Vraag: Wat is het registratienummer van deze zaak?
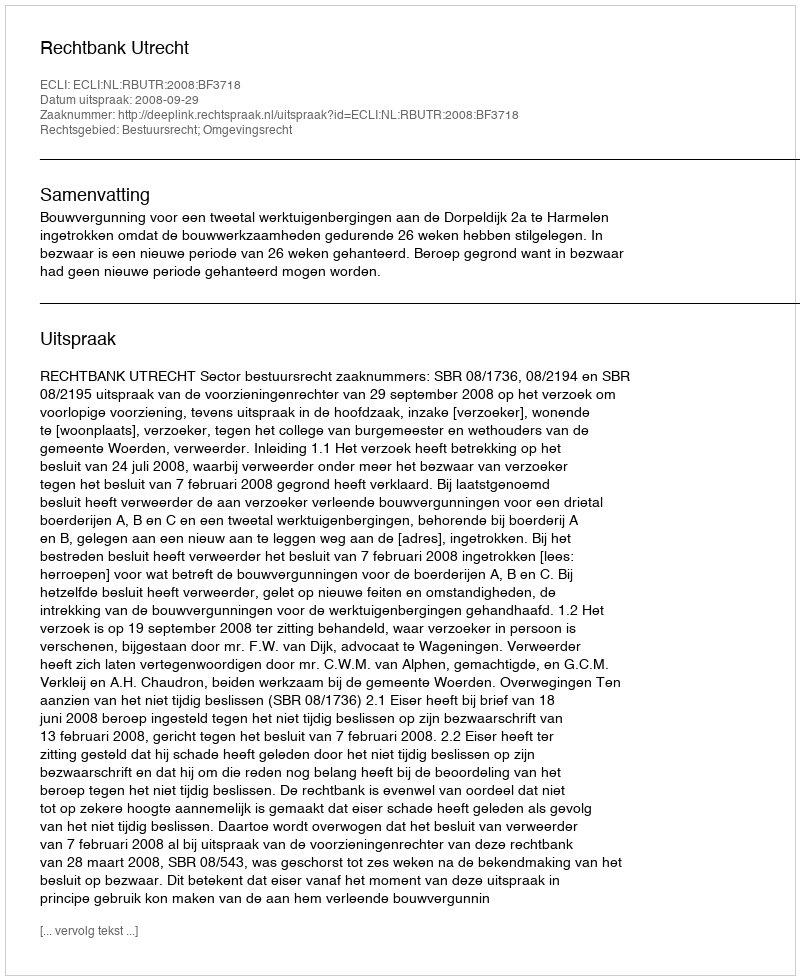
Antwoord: http://deeplink.rechtspraak.nl/uitspraak?id=ECLI:NL:RBUTR:2008:BF3718